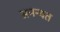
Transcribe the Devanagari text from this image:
अमन्यत